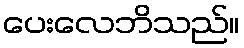
ပေးလေဘိသည်။